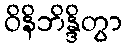
ဝိနိဘိန္ဒိတွာ